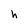
Character: h